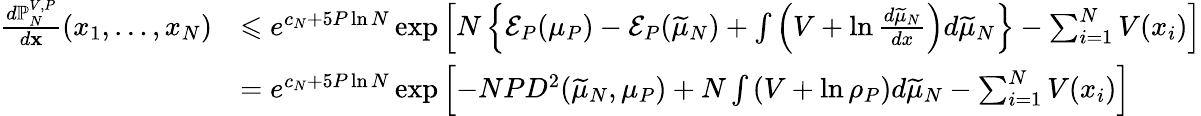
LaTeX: \begin{array}{rl}{\frac{d\mathbb{P}_{N}^{V,P}}{d\mathbf{x}}(x_{1},\ldots,x_{N})}&{\leqslant e^{c_{N}+5P\ln N}\exp{\left[N\left\{ \mathcal{E}_{P}(\mu_{P})-\mathcal{E}_{P}(\widetilde{\mu}_{N})+\int\left(V+\ln\frac{d\widetilde{\mu}_{N}}{dx}\right)d\widetilde{\mu}_{N}\right\} -\sum_{i=1}^{N}V(x_{i})\right]}}\\ &{=e^{c_{N}+5P\ln N}\exp{\left[-NPD^{2}(\widetilde{\mu}_{N},\mu_{P})+N\int\left(V+\ln\rho_{P}\right)d\widetilde{\mu}_{N}-\sum_{i=1}^{N}V(x_{i})\right]}\, }\end{array}